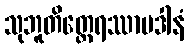
သုဘူတိတ္ထေရဿာပဒါနံ